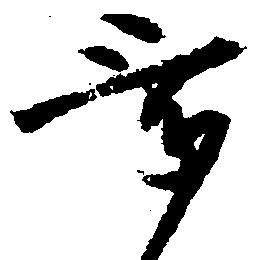
挙